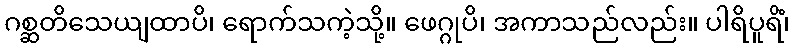
ဂစ္ဆတိသေယျထာပိ၊ ရောက်သကဲ့သို့။ ဖေဂ္ဂုပိ၊ အကာသည်လည်း။ ပါရိပူရိံ၊